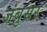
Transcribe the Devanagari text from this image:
जंबुसर